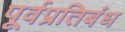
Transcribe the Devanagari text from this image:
पूर्वप्रतिबंध